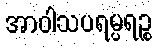
အာဝါသပရမ္ပရဉ္စ